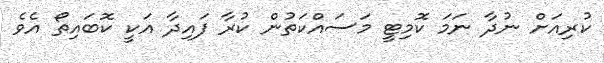
ކުރިއަށް ނުދާ ނަމަ ކޮމިޓީ މަސައްކަތުން ކުރާ ފައިދާ އަކީ ކޮބައިތޯ އެވެ